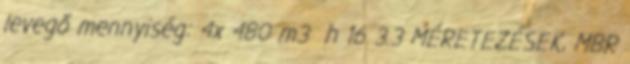
levegő mennyiség: 4x 480 m3 h 16 3.3 MÉRETEZÉSEK, MBR